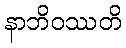
နာဘိဝဿတိ